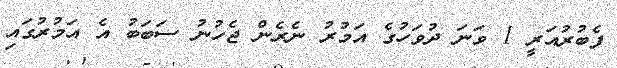
ފެބުރުއަރީ 1 ވަނަ ދުވަހުގެ އަމުރު ނެރެން ޖެހުނު ސަބަބު އެ އަމުރުގައި